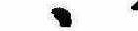
ゝ